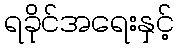
ရခိုင်အရေးနှင့်